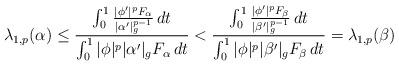
LaTeX: \begin{align*}\lambda_{1,p}(\alpha) \le \frac{ \int_0^1 \frac{| \phi' |^p F_\alpha}{| \alpha' |_g^{p-1}} \,dt}{\int_0^1 | \phi |^p | \alpha' |_g F_\alpha \,dt} < \frac{ \int_0^1 \frac{| \phi' |^p F_\beta}{| \beta' |_g^{p-1}} \,dt}{\int_0^1 | \phi |^p | \beta' |_g F_\beta \,dt} = \lambda_{1,p}(\beta)\end{align*}